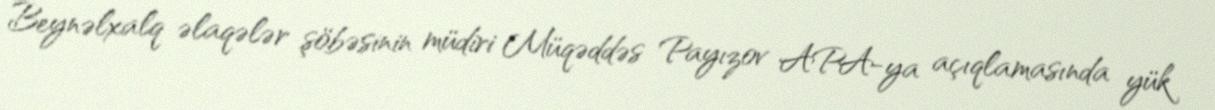
Beynəlxalq əlaqələr şöbəsinin müdiri Müqəddəs Payızov APA-ya açıqlamasında yük